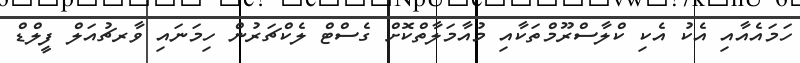
ހަމައެއާއި އެކު އެކި ކްލާސްރޫމްތަކާއި މުއާމަލާތްކޮށް ގެސްޓް ލެކްޗަރުން ހިމަނައި ވާރޗުއަލް ފީލްޑް